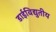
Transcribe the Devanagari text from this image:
डाईविद्युतीय